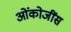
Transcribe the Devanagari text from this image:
ओंकोजींस